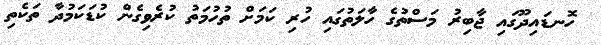
ހޮނޑައިދޫގައި ޖާބިރު މަސްތުގެ ހާލަތުގައި ހުރި ކަމަށް ތުހުމަތު ކުރެވިގެން ކުޑަކަމުދާ ތަކެތި